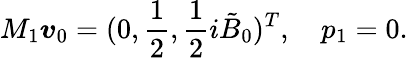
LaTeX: M_{1}\boldsymbol{v}_{0}=(0,\frac{1}{2},\frac{1}{2}i\tilde{B}_{0})^{T},\quad p_{1}=0.